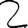
Digit: 2